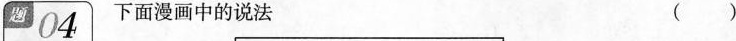
题 04 下面漫画中的说法 （）